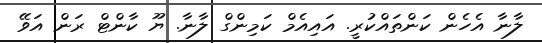
ލާނާ އެހެން ކަންތައްކުރީ. އައިއެމް ކަމިންގް ލާނާ. ޔޫ ކާންޓް ރަން އަވޭ